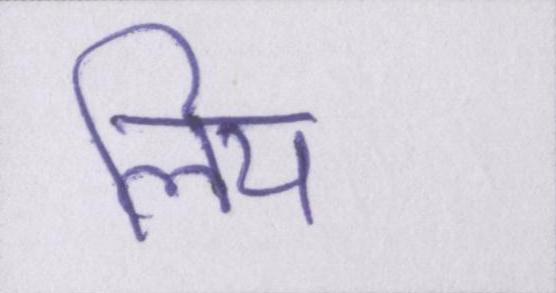
लिय